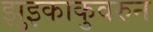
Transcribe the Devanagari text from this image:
झुइकाकुवरुन